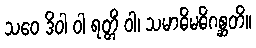
သဝေ ဒိဝါ ဝါ ရတ္တိံ ဝါ၊ သမာဓိမဓိဂစ္ဆတိ။